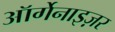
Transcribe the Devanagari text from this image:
ऑर्गेनाइज़र